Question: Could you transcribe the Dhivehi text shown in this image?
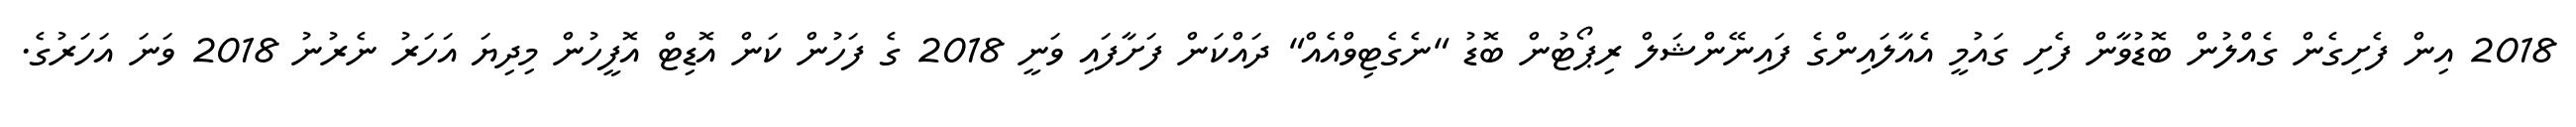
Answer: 2018 އިން ފެށިގެން ގެއްލުން ބޮޑުވާން ފެށި ގައުމީ އެއާލައިންގެ ފައިނޭންޝަލް ރިޕޯޓުން ބޮޑު "ނެގެޓިވްއެއް" ދައްކަން ފަށާފައި ވަނީ 2018 ގެ ފަހުން ކަން އޮޑިޓް އޮފީހުން މިދިޔަ އަހަރު ނެރުނު 2018 ވަނަ އަހަރުގެ.